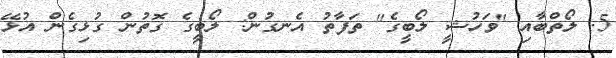
5. ލޯތްބާއި "ވަހުޝީ ލޯބީގެ" ތަފާތު އެނގުން: ލޯބީގެ ގޮތުން ގުޅިގެން އުޅޭ